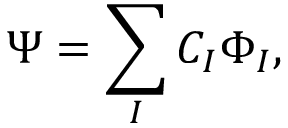
\Psi = \sum _ { I } C _ { I } \Phi _ { I } ,